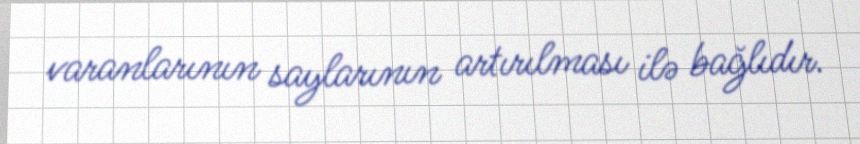
varanlarının saylarının artırılması ilə bağlıdır.